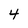
Character: 4